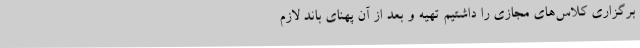
برگزاری کلاس‌های مجازی را داشتیم تهیه و بعد از آن پهنای باند لازم